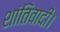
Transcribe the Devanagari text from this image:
शांतिवादी।